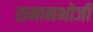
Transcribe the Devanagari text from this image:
समानभोजी